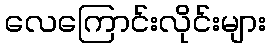
လေကြောင်းလိုင်းများ